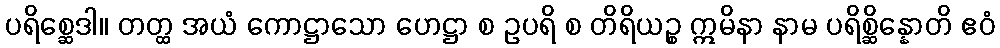
ပရိစ္ဆေဒါ။ တတ္ထ အယံ ကောဋ္ဌာသော ဟေဋ္ဌာ စ ဥပရိ စ တိရိယဉ္စ ဣမိနာ နာမ ပရိစ္ဆိန္နောတိ ဧဝံ